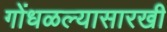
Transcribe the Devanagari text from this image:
गोंधळल्यासारखी